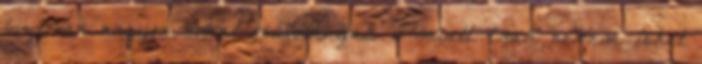
biztosan nagyon sokat csúfolhatják e miatt. Csak nekem lehet